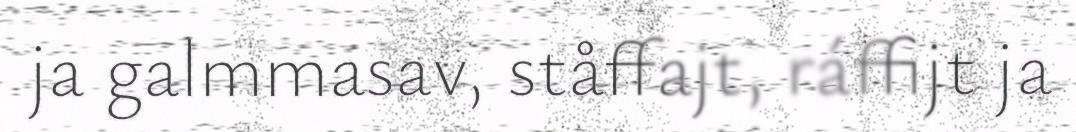
ja galmmasav, ståffajt, ráffijt ja